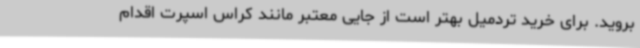
بروید. برای خرید تردمیل بهتر است از جایی معتبر مانند کراس اسپرت اقدام